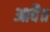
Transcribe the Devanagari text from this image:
आवै॥